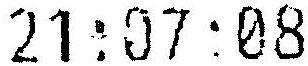
21:07:08